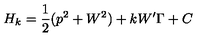
H _ { k } = \frac { 1 } { 2 } ( p ^ { 2 } + W ^ { 2 } ) + k W ^ { \prime } \Gamma + C